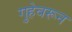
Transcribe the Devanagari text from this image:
गुहेवरून